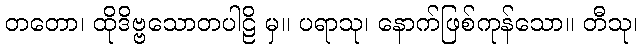
တတော၊ ထိုဒိဗ္ဗသောတပါဠိ မှ။ ပရာသု၊ နောက်ဖြစ်ကုန်သော။ တီသု၊